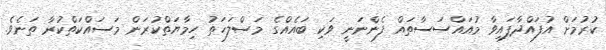
ކުރުމަށް އުފައްދާފައިވާ މުއައްސަސާތައް ފެންނަނީ ވަކި ބައެއްގެ މަސްލަހަތު ހިމާޔަތްކުރަން މަސައްކަތްކުރާ ތަނެވެ.